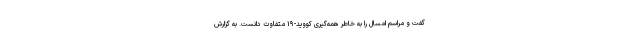
گفت و مراسم امسال را به خاطر همه‌گیری کووید-۱۹ متفاوت دانست. به گزارش